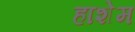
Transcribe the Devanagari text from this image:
हाशेम